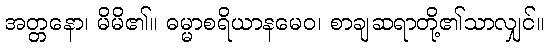
အတ္တနော၊ မိမိ၏။ ဓမ္မာစရိယာနမေဝ၊ စာချဆရာတို့၏သာလျှင်။